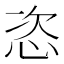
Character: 恣